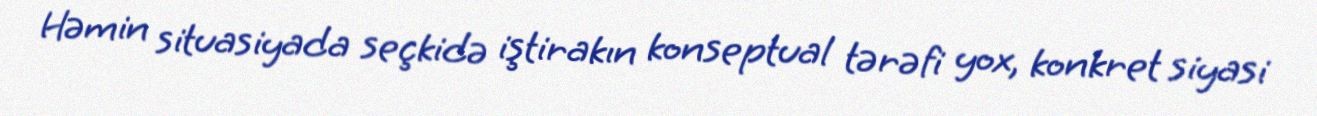
Həmin situasiyada seçkidə iştirakın konseptual tərəfi yox, konkret siyasi